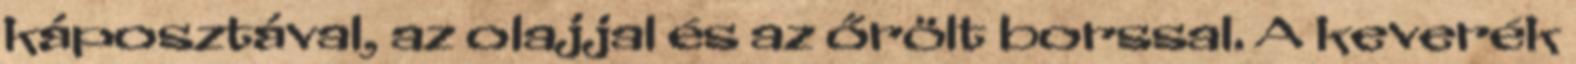
káposztával, az olajjal és az őrölt borssal. A keverék